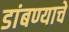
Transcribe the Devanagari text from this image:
डांबण्याचे